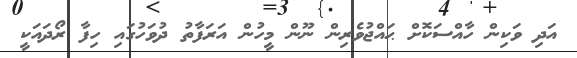
އަދި ވަކިން ހާއްސަކޮށް ޙައްޖުވެރިން ނޫން މީހުން އަރަފާތު ދުވަހުގައި ހިފާ ރޯދައަކީ